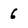
Character: 6